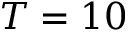
T = 1 0